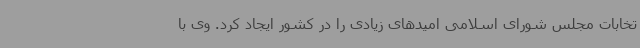
تخابات مجلس شورای اسلامی امیدهای زیادی را در کشور ایجاد کرد. وی با